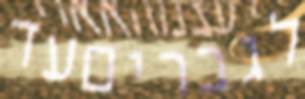
לגבריםעד